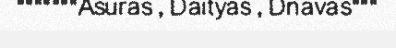
"""""""Asuras , Daityas , Dnavas"""